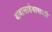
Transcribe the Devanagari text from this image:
बाबासाहेबासाठी